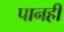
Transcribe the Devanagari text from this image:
पानही